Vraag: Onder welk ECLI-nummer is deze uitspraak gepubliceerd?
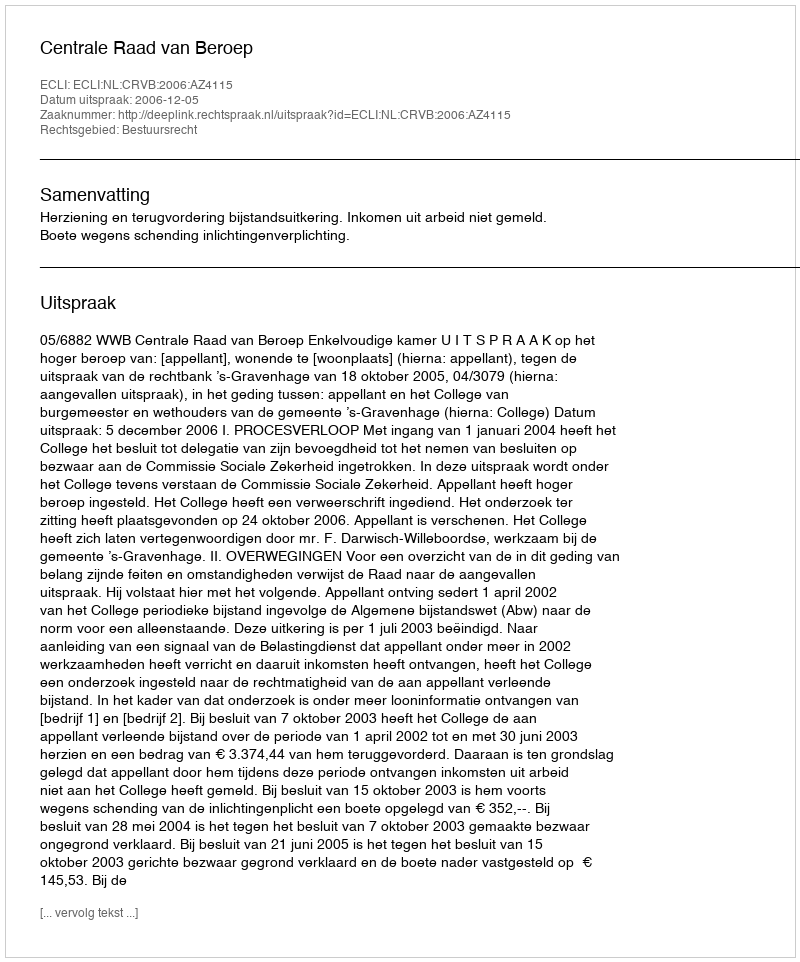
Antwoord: ECLI:NL:CRVB:2006:AZ4115